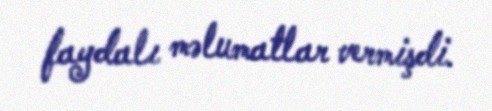
faydalı məlumatlar vermişdi.